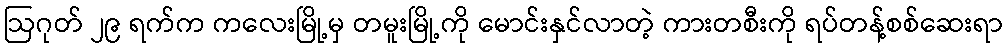
ဩဂုတ် ၂၉ ရက်က ကလေးမြို့မှ တမူးမြို့ကို မောင်းနှင်လာတဲ့ ကားတစီးကို ရပ်တန့်စစ်ဆေးရာ